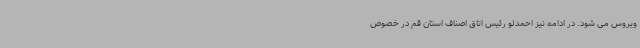
ویروس می شود. در ادامه نیز احمدلو رئیس اتاق اصناف استان قم در خصوص